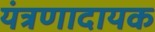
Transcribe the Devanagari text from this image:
यंत्रणादायक